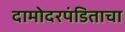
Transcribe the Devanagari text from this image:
दामोदरपंडिताचा